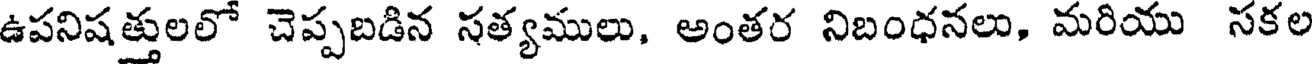
ఉపనిషత్తులలో చెప్పబడిన సత్యములు, అంతర నిబంధనలు, మరియు సకల